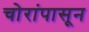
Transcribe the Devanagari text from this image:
चोरांपासून